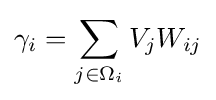
\gamma _{i}=\sum _{j\in \Omega _{i}}V_{j}W_{ij}